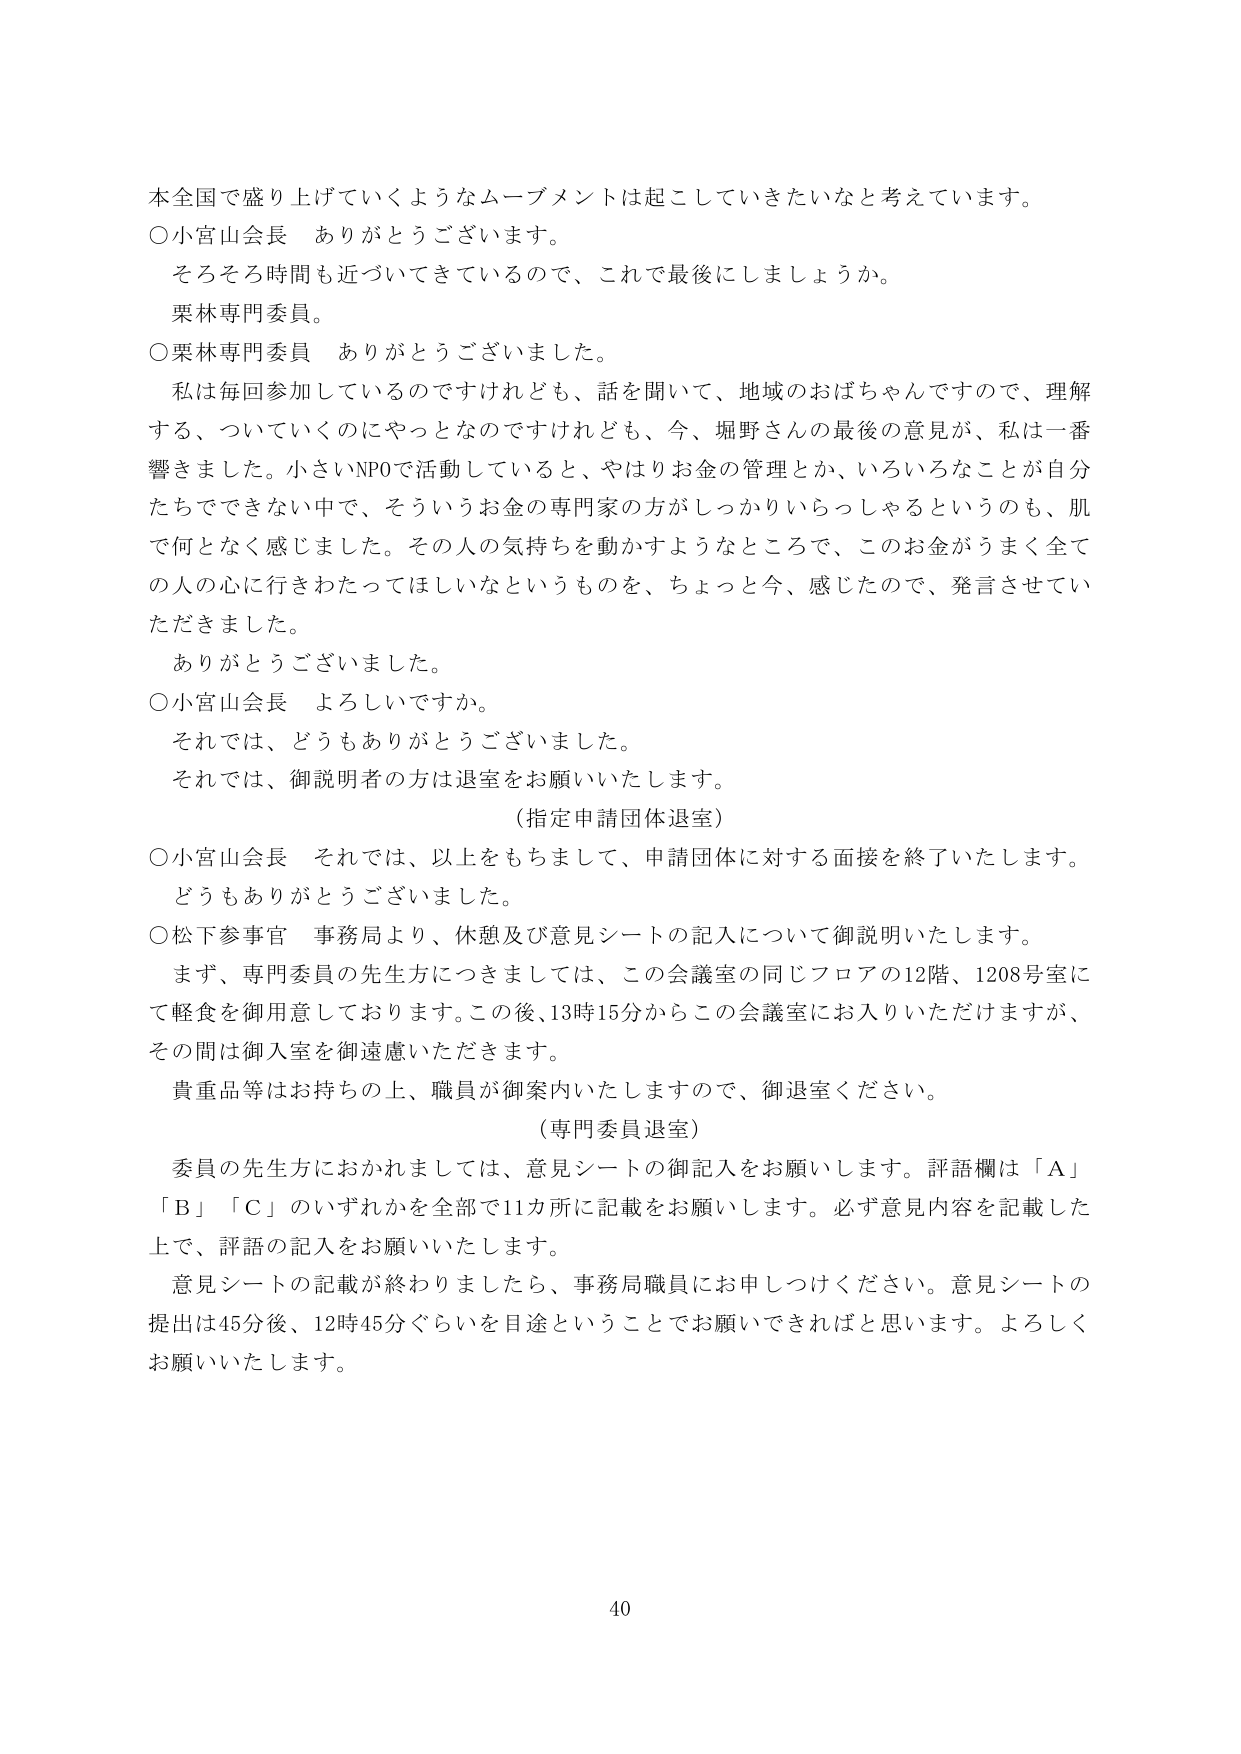
本全国で盛り上げていくようなムーブメントは起こしていきたいなと考えています。

○小宮山会長　ありがとうございます。
　そろそろ時間も近づいてきているので、これで最後にしましょうか。
　栗林専門委員。

○栗林専門委員　ありがとうございました。
　私は毎回参加しているのですけれども、話を聞いて、地域のおばちゃんですので、理解
する、ついていくのにやっとなのですけれども、今、堀野さんの最後の意見が、私は一番
響きました。小さいNPOで活動していると、やはりお金の管理とか、いろいろなことが自分
たちでできない中で、そういうお金の専門家の方がしっかりいらっしゃるというのも、肌
で何となく感じました。その人の気持ちを動かすようなところで、このお金がうまく全て
の人の心に行きわたってほしいなというものを、ちょっと今、感じたので、発言させてい
ただきました。
　ありがとうございました。

○小宮山会長　よろしいですか。
　それでは、どうもありがとうございました。
　それでは、御説明者の方は退室をお願いいたします。
　（指定申請団体退室）

○小宮山会長　それでは、以上をもちまして、申請団体に対する面接を終了いたします。
　どうもありがとうございました。

○松下参事官　事務局より、休憩及び意見シートの記入について御説明いたします。
　まず、専門委員の先生方につきましては、この会議室の同じフロアの12階、1208号室に
て軽食を御用意しております。この後、13時15分からこの会議室にお入りいただけますが、
その間は御入室を御遠慮いただきます。
　貴重品等はお持ちの上、職員が御案内いたしますので、御退室ください。
　（専門委員退室）

　委員の先生方におかれましては、意見シートの御記入をお願いします。評語欄は「A」
「B」「C」のいずれかを全部で11カ所に記載をお願いします。必ず意見内容を記載した
上で、評語の記入をお願いいたします。
　意見シートの記載が終わりましたら、事務局職員にお申しつけください。意見シートの
提出は45分後、12時45分ぐらいを目途ということでお願いできればと思います。よろしく
お願いいたします。

40